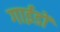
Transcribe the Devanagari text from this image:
गाईडों